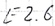
Text: E2.6